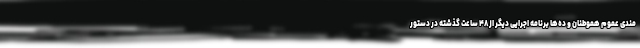
مندی عموم هموطنان و ده‌ها برنامه اجرایی دیگر از ۴۸ ساعت گذشته در دستور